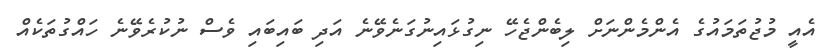
އެއީ މުޖުތަމައުގެ އެންމެންނަށް ލިބެންޖެހޭ ނިގުޅައިނުގަނެވޭނެ އަދި ބައިބައި ވެސް ނުކުރެވޭނެ ހައްގުތަކެއް